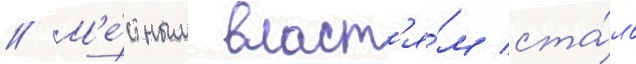
// М'е́стным власт'я́м ста́ло